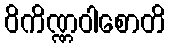
ဝိကိဏ္ဏဝါစောတိ